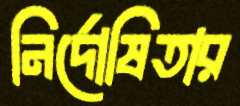
নির্দোষিতার